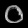
Digit: ၀